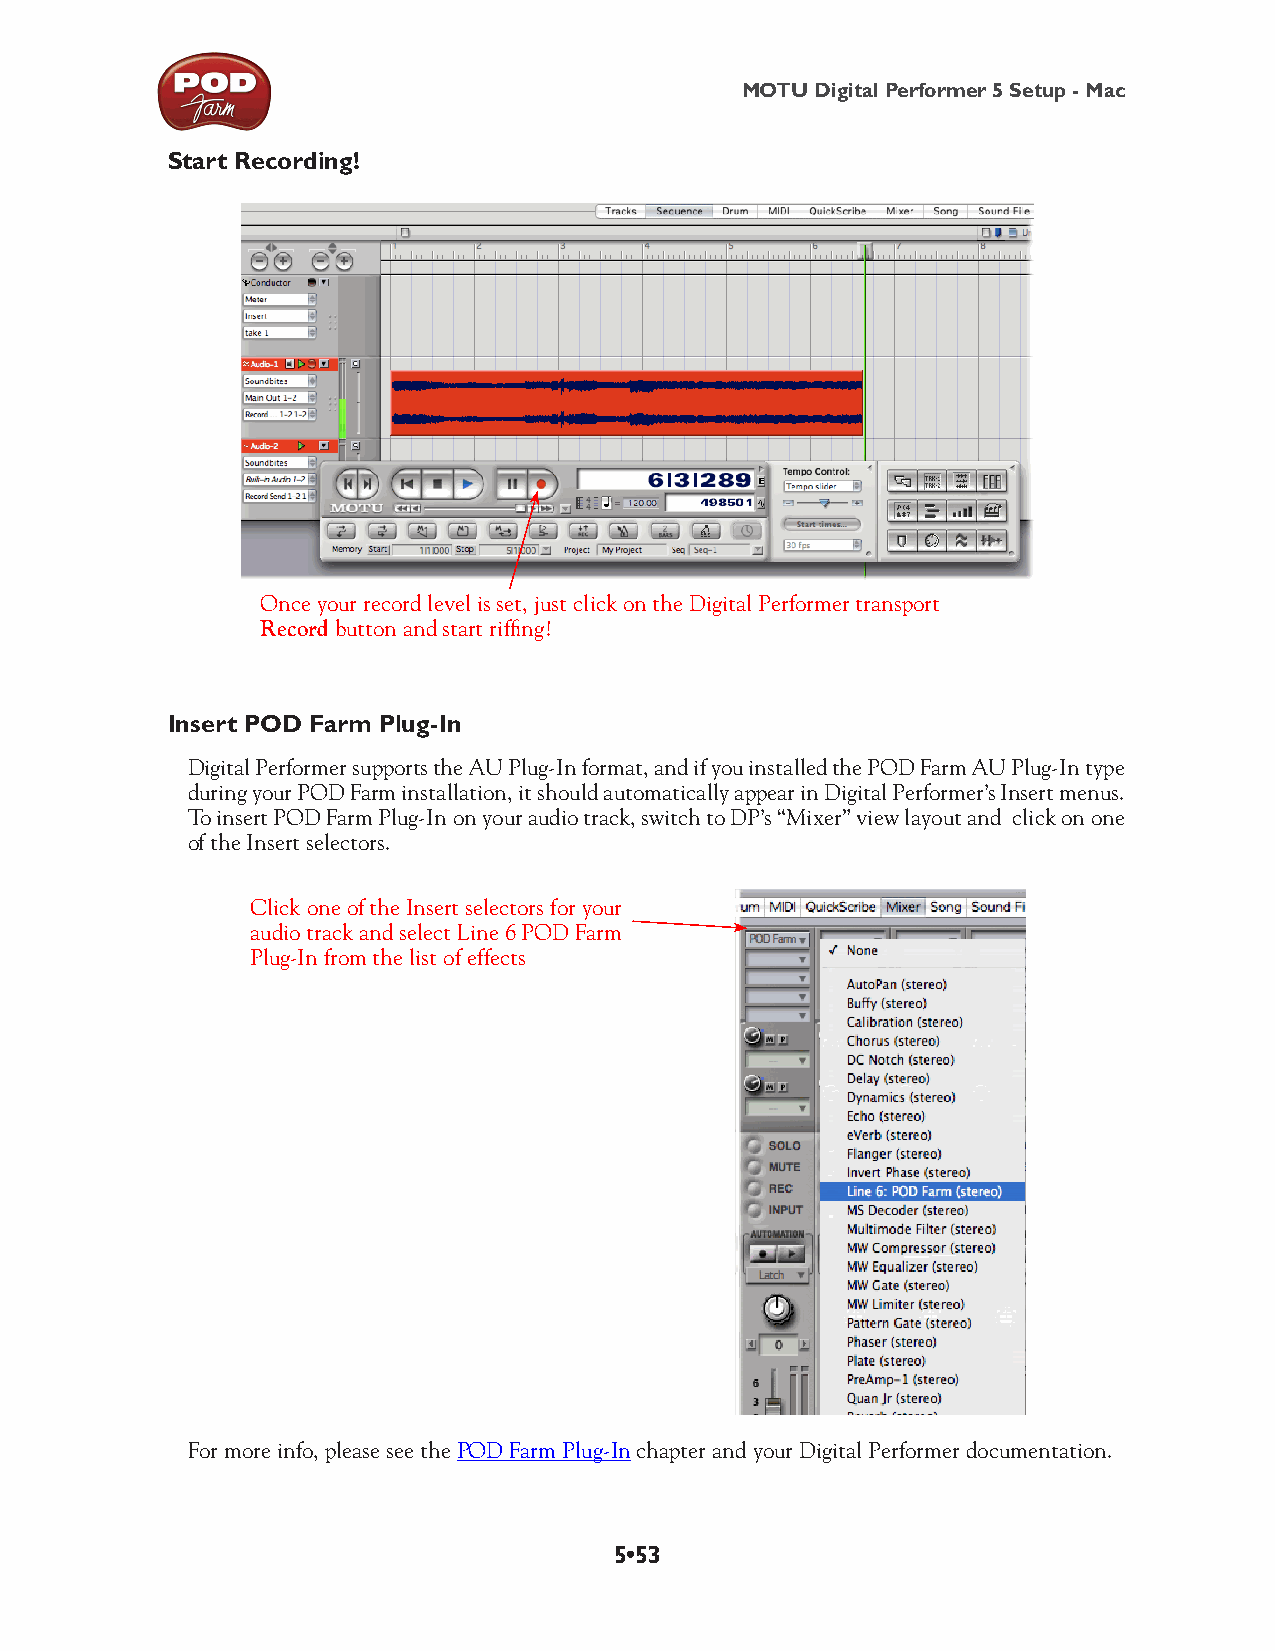
MOTU Digital Performer 5 Setup - Mac
 Start Recording!
 Once your record level is set, just click on the Digital Performer transport
 Record button and start riffing!
 Insert POD Farm Plug-In
 Digital Performer supports the AU Plug-In format, and if you installed the POD Farm AU Plug-In type
 during your POD Farm installation, it should automatically appear in Digital Performer’s Insert menus.
 To insert POD Farm Plug-In on your audio track, switch to DP’s “Mixer” view layout and click on one
 of the Insert selectors.
 Click one of the Insert selectors for your
 audio track and select Line 6 POD Farm
 Plug-In from the list of effects
 For more info, please see the POD Farm Plug-In chapter and your Digital Performer documentation.
 5•53